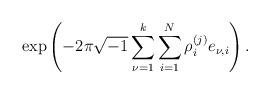
LaTeX: \begin{align*}\exp\left(-2 \pi \sqrt{-1}\sum_{\nu=1}^{k}\sum_{i=1}^N \rho_i^{(j)}e_{\nu,i} \right).\end{align*}